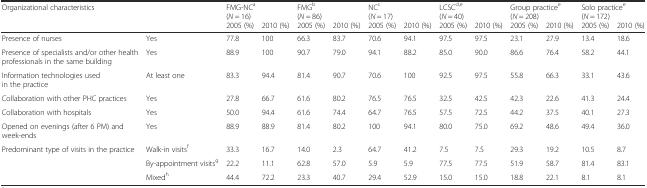
<table><thead><tr><td><b>Organizational characteristics</b></td><td></td><td colspan="2"><b>FMG-NC<sup>a</sup> (<i>N</i> = 16)</b></td><td colspan="2"><b>FMG<sup>b</sup> (<i>N</i> = 86)</b></td><td colspan="2"><b>NC<sup>c</sup> (<i>N</i> = 17)</b></td><td colspan="2"><b>LCSC<sup>d,e</sup> (<i>N</i> = 40)</b></td><td colspan="2"><b>Group practice<sup>e</sup> (<i>N</i> = 208)</b></td><td colspan="2"><b>Solo practice<sup>e</sup> (<i>N</i> = 172)</b></td></tr><tr><td></td><td></td><td><b>2005 (%)</b></td><td><b>2010 (%)</b></td><td><b>2005 (%)</b></td><td><b>2010 (%)</b></td><td><b>2005 (%)</b></td><td><b>2010 (%)</b></td><td><b>2005 (%)</b></td><td><b>2010 (%)</b></td><td><b>2005 (%)</b></td><td><b>2010 (%)</b></td><td><b>2005 (%)</b></td><td><b>2010 (%)</b></td></tr></thead><tbody><tr><td>Presence of nurses</td><td>Yes</td><td>77.8</td><td>100</td><td>66.3</td><td>83.7</td><td>70.6</td><td>94.1</td><td>97.5</td><td>97.5</td><td>23.1</td><td>27.9</td><td>13.4</td><td>18.6</td></tr><tr><td>Presence of specialists and/or other health professionals in the same building</td><td>Yes</td><td>88.9</td><td>100</td><td>90.7</td><td>79.0</td><td>94.1</td><td>88.2</td><td>85.0</td><td>90.0</td><td>86.6</td><td>76.4</td><td>58.2</td><td>44.1</td></tr><tr><td>Information technologies used in the practice</td><td>At least one</td><td>83.3</td><td>94.4</td><td>81.4</td><td>90.7</td><td>70.6</td><td>100</td><td>92.5</td><td>97.5</td><td>55.8</td><td>66.3</td><td>33.1</td><td>43.6</td></tr><tr><td>Collaboration with other PHC practices</td><td>Yes</td><td>27.8</td><td>66.7</td><td>61.6</td><td>80.2</td><td>76.5</td><td>76.5</td><td>32.5</td><td>42.5</td><td>42.3</td><td>22.6</td><td>41.3</td><td>24.4</td></tr><tr><td>Collaboration with hospitals</td><td>Yes</td><td>50.0</td><td>94.4</td><td>61.6</td><td>74.4</td><td>64.7</td><td>76.5</td><td>57.5</td><td>72.5</td><td>44.2</td><td>37.5</td><td>40.1</td><td>27.3</td></tr><tr><td>Opened on evenings (after 6 PM) and week-ends</td><td>Yes</td><td>88.9</td><td>88.9</td><td>81.4</td><td>80.2</td><td>100</td><td>94.1</td><td>80.0</td><td>75.0</td><td>69.2</td><td>48.6</td><td>49.4</td><td>36.0</td></tr><tr><td rowspan="3">Predominant type of visits in the practice</td><td>Walk-in visits<sup>f</sup></td><td>33.3</td><td>16.7</td><td>14.0</td><td>2.3</td><td>64.7</td><td>41.2</td><td>7.5</td><td>7.5</td><td>29.3</td><td>19.2</td><td>10.5</td><td>8.7</td></tr><tr><td>By-appointment visits<sup>g</sup></td><td>22.2</td><td>11.1</td><td>62.8</td><td>57.0</td><td>5.9</td><td>5.9</td><td>77.5</td><td>77.5</td><td>51.9</td><td>58.7</td><td>81.4</td><td>83.1</td></tr><tr><td>Mixed<sup>h</sup></td><td>44.4</td><td>72.2</td><td>23.3</td><td>40.7</td><td>29.4</td><td>52.9</td><td>15.0</td><td>15.0</td><td>18.8</td><td>22.1</td><td>8.1</td><td>8.1</td></tr></tbody></table>